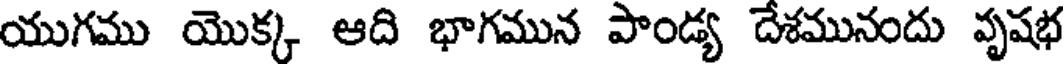
యుగము యొక్క ఆది భాగమున పాండ్య దేశమునందు వృషభ